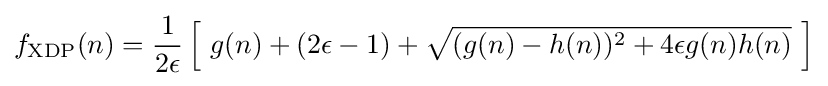
f_{\text{XDP}}(n)={\frac {1}{2\epsilon }}\left[\ g(n)+(2\epsilon -1)+{\sqrt {(g(n)-h(n))^{2}+4\epsilon g(n)h(n)}}\ \right]